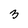
Character: 3